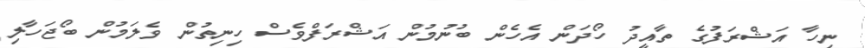
ނިހާ އަޝްރަފުގެ ތާއީދު ހޯދަން އެހެން ބުނުމުން އަޝްރަފްވެސް ހިނިތުން ވެލަމުން ބޯޖަހާލި